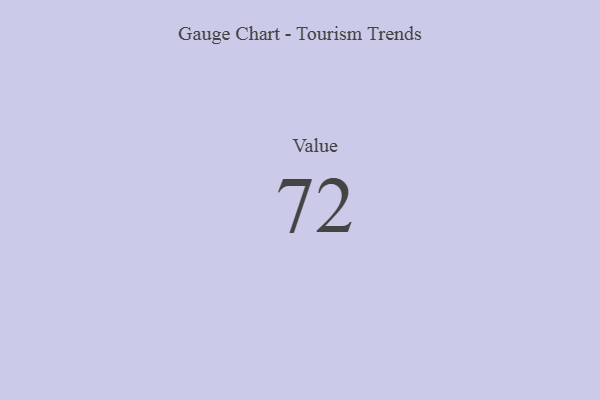
{"axis": {"x": "Metric", "y": "Value"}, "legend": [""], "data": [{"x": "Value", "y": 72, "type": ""}]}